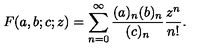
F ( a , b ; c ; z ) = \sum _ { n = 0 } ^ { \infty } { \frac { ( a ) _ { n } ( b ) _ { n } } { ( c ) _ { n } } } { \frac { z ^ { n } } { n ! } } .